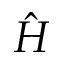
\hat { H }